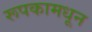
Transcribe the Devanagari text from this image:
रूपकामधून